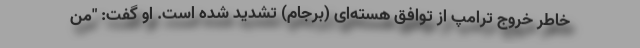
خاطر خروج ترامپ از توافق هسته‌ای (برجام) تشدید شده است. او گفت: "من